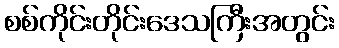
စစ်ကိုင်းတိုင်းဒေသကြီးအတွင်း